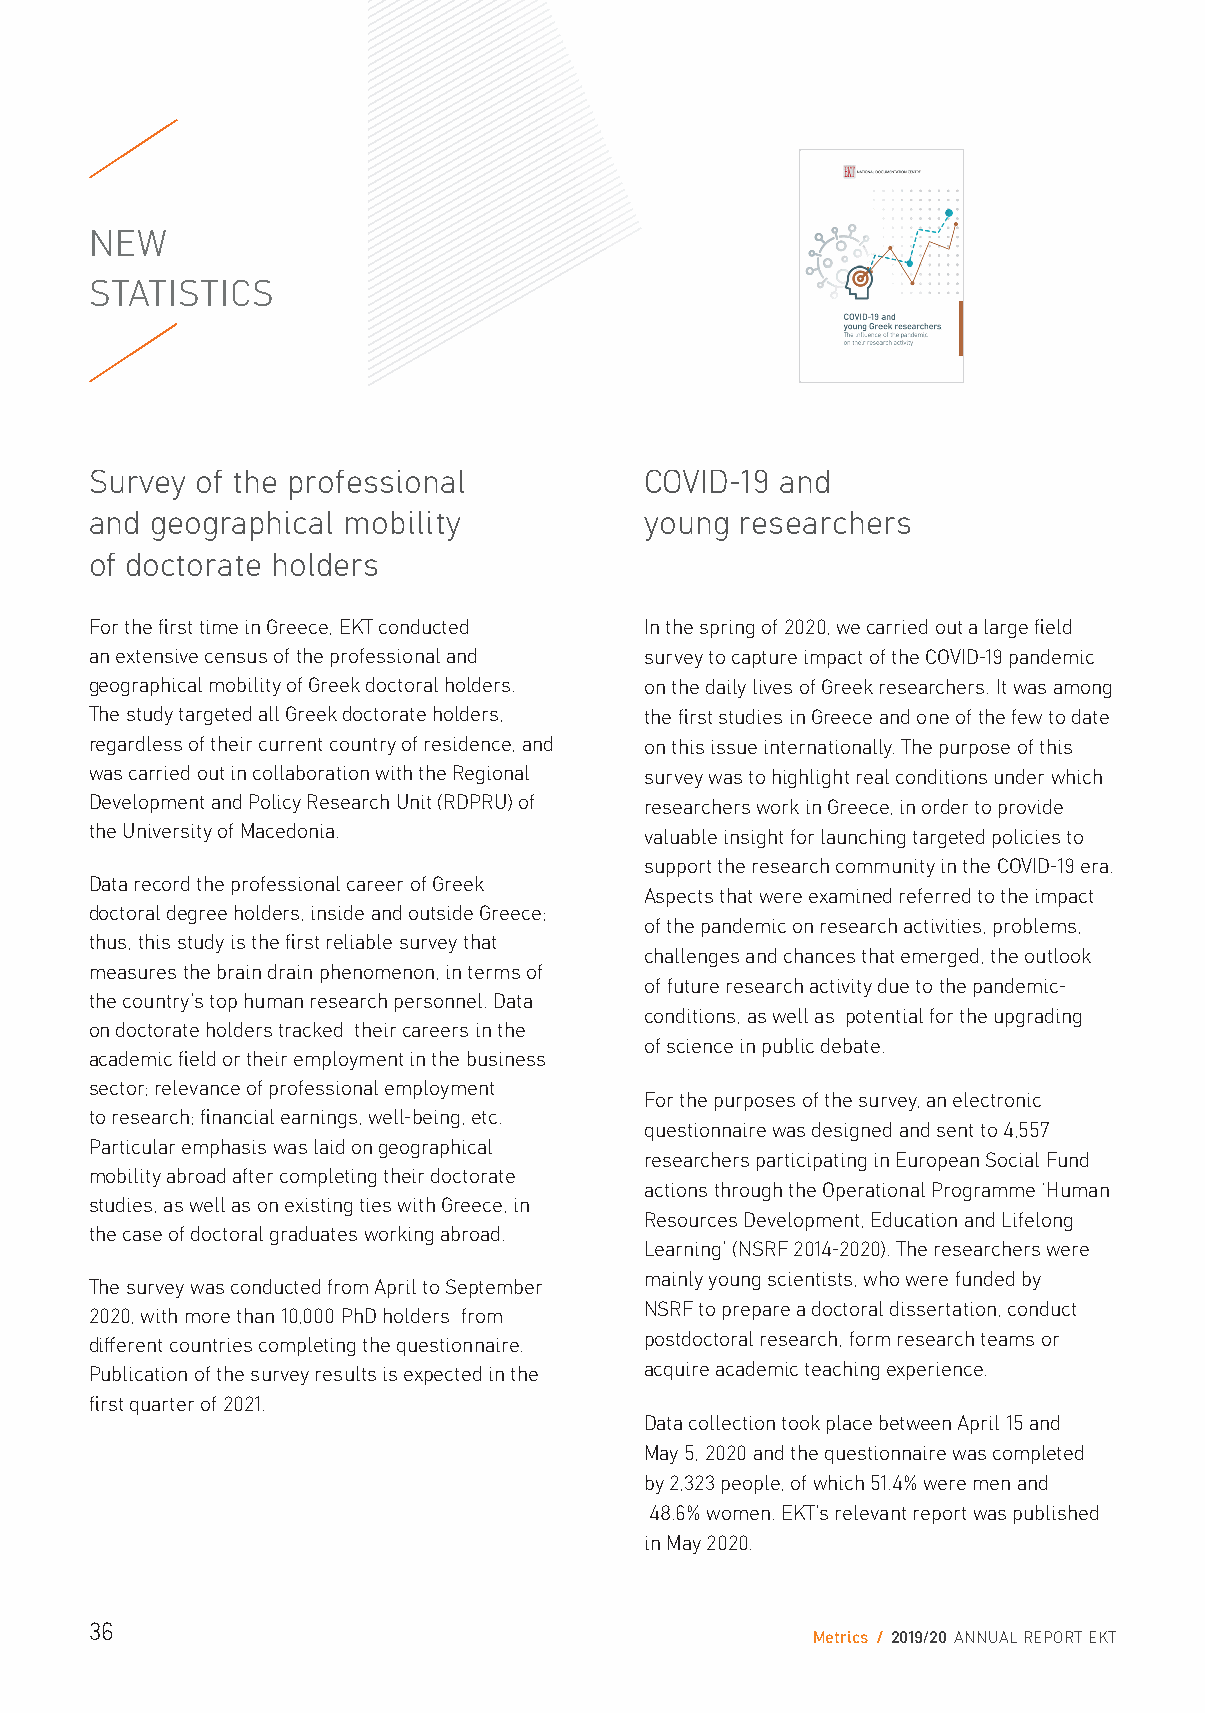
NEW
 STATISTICS
 Survey of the professional           COVID-19 and
 and geographical mobility            young researchers
 of doctorate holders
 For the first time in Greece, EKT conducted In the spring of 2020, we carried out a large field
 an extensive census of the professional and survey to capture impact of the COVID-19 pandemic
 geographical mobility of Greek doctoral holders. on the daily lives of Greek researchers. It was among
 The study targeted all Greek doctorate holders, the first studies in Greece and one of the few to date
 regardless of their current country of residence, and on this issue internationally. The purpose of this
 was carried out in collaboration with the Regional survey was to highlight real conditions under which
 Development and Policy Research Unit (RDPRU) of researchers work in Greece, in order to provide
 the University of Macedonia.         valuable insight for launching targeted policies to
 support the research community in the COVID-19 era.
 Data record the professional career of Greek
 Aspects that were examined referred to the impact
 doctoral degree holders, inside and outside Greece;
 of the pandemic on research activities, problems,
 thus, this study is the first reliable survey that
 challenges and chances that emerged, the outlook
 measures the brain drain phenomenon, in terms of
 of future research activity due to the pandemic-
 the country’s top human research personnel. Data
 conditions, as well as potential for the upgrading
 on doctorate holders tracked their careers in the
 of science in public debate.
 academic field or their employment in the business
 sector; relevance of professional employment
 For the purposes of the survey, an electronic
 to research; financial earnings, well-being, etc.
 questionnaire was designed and sent to 4,557
 Particular emphasis was laid on geographical
 researchers participating in European Social Fund
 mobility abroad after completing their doctorate
 actions through the Operational Programme ‘Human
 studies, as well as on existing ties with Greece, in
 Resources Development, Education and Lifelong
 the case of doctoral graduates working abroad.
 Learning’ (NSRF 2014-2020). The researchers were
 mainly young scientists, who were funded by
 The survey was conducted from April to September
 NSRF to prepare a doctoral dissertation, conduct
 2020, with more than 10,000 PhD holders from
 different countries completing the questionnaire. postdoctoral research, form research teams or
 Publication of the survey results is expected in the acquire academic teaching experience.
 first quarter of 2021.
 Data collection took place between April 15 and
 May 5, 2020 and the questionnaire was completed
 by 2,323 people, of which 51.4% were men and
 48.6% women. EKT’s relevant report was published
 in May 2020.
 36
 Metrics / 2019/20 ANNUAL REPORT EKT